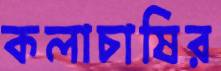
কলাচাষির